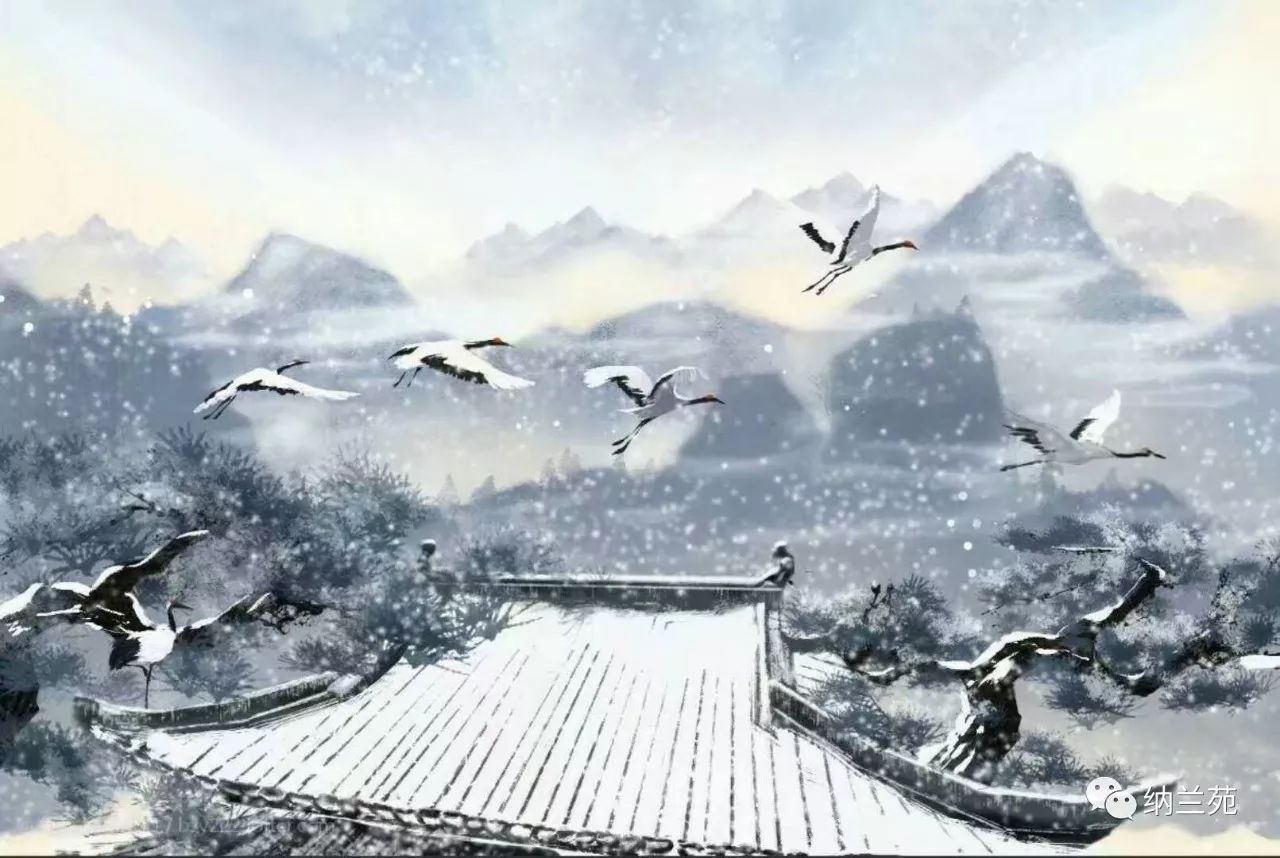
岸容待腊将舒柳，山意冲寒欲放梅。